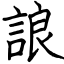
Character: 誏